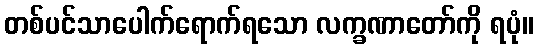
တစ်ပင်သာပေါက်ရောက်ရသော လက္ခဏာတော်ကို ရပုံ။